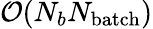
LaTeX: \mathcal{O}(N_{b}N_{\mathrm{batch}})